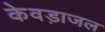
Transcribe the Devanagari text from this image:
केवड़ाजल